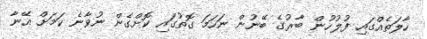
ހާލަތެއްގައި ފުލުހުން ބާރުގެ ބޭނުން ނަހަމަ ގޮތުގައި ކޮށްގެން ނުވާނެ ކަމަށް އޭނާ